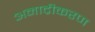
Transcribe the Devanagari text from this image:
अनाद्रीकरण